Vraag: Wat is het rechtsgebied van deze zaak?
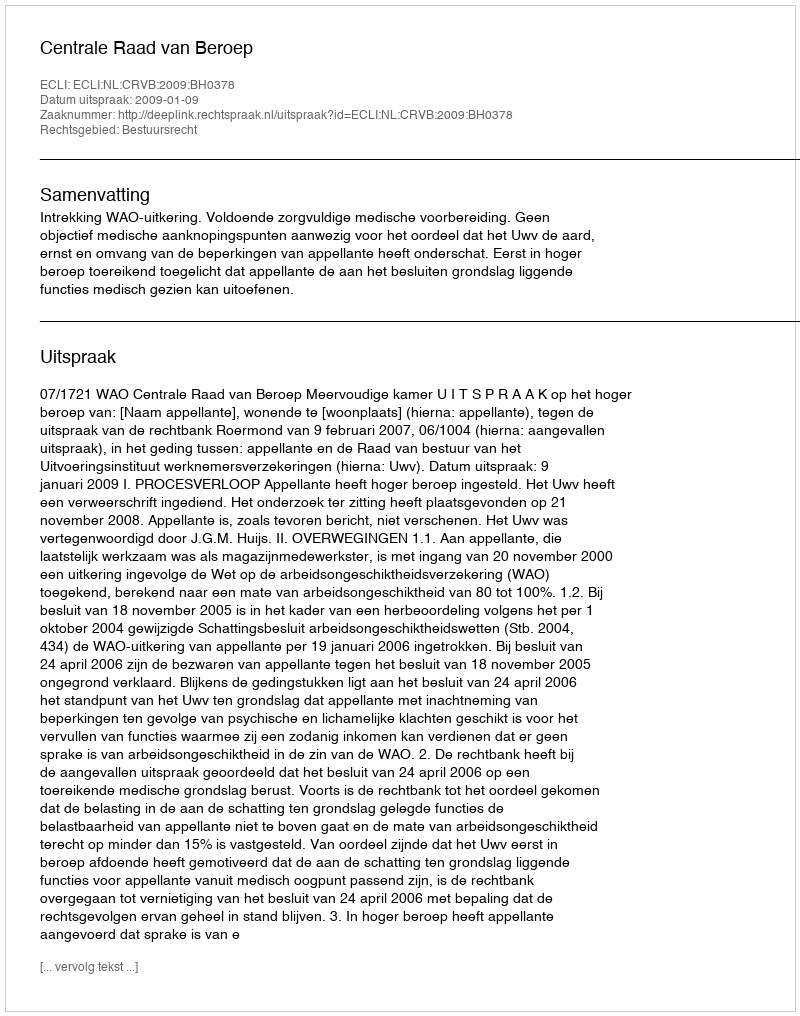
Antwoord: Bestuursrecht